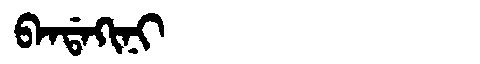
Manchu: ᠪᠠᠨᡩᠠᡴᡳᠨᡳ
Romanization: BANDAKINI